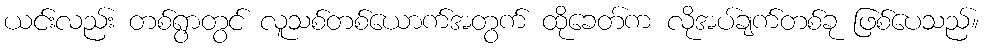
ယင်းလည်း တစ်ရွာတွင် လူသစ်တစ်ယောက်အတွက် ထိုခေတ်က လိုအပ်ချက်တစ်ခု ဖြစ်ပေသည်။